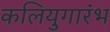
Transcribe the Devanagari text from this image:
कलियुगारंभ